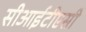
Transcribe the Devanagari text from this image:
सीआईटीएसी